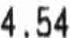
4.54